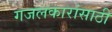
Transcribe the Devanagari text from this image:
गजलकारांसाठी